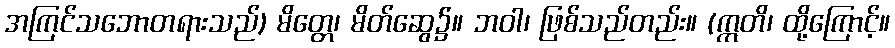
အကြင်သဘောတရားသည်) မိတ္တေ၊ မိတ်ဆွေ၌။ ဘဝါ၊ ဖြစ်သည်တည်း။ (ဣတိ၊ ထို့ကြောင့်။